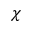
\chi